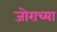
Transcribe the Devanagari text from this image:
जोराच्या